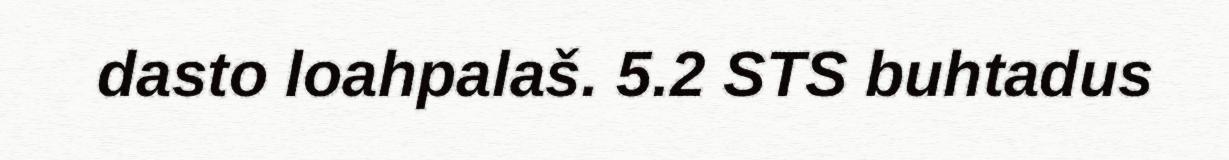
dasto loahpalaš. 5.2 STS buhtadus